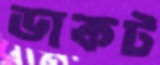
ডাকট